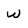
Character: w